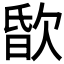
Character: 𣣏